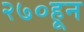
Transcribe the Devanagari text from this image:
२७०हून